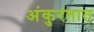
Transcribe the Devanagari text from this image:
अंकुरतात